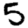
Digit: 5